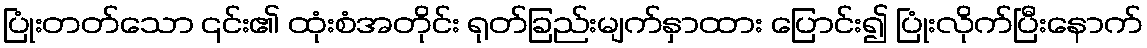
ပြုံးတတ်သော ၎င်း၏ ထုံးစံအတိုင်း ရုတ်ခြည်းမျက်နှာထား ပြောင်း၍ ပြုံးလိုက်ပြီးနောက်